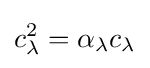
c_{\lambda }^{2}=\alpha _{\lambda }c_{\lambda }